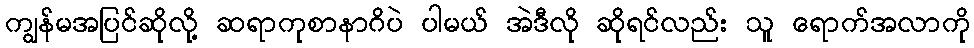
ကျွန်မအပြင်ဆိုလို့ ဆရာကုစာနာဂိပဲ ပါမယ် အဲဒီလို ဆိုရင်လည်း သူ ရောက်အလာကို